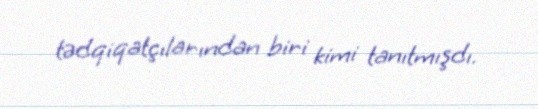
tədqiqatçılarından biri kimi tanıtmışdı.